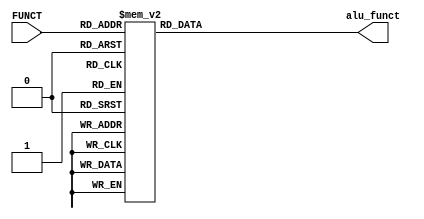
`timescale 1ns / 1ps
//////////////////////////////////////////////////////////////////////////////////
// Company: 
// Engineer: 
// 
// Design Name: 
// Module Name: Control_Alu
// Project Name: 
// Target Devices: 
// Tool Versions: 
// Description: 
// 
// Dependencies: 
// 
// Revision:
// Revision 0.01 - File Created
// Additional Comments:
// 
//////////////////////////////////////////////////////////////////////////////////


module Control_Alu(FUNCT,alu_funct);
output reg [2:0]alu_funct;
input  [5:0] FUNCT;

always @ (FUNCT)
case(FUNCT)
6'h20: alu_funct = 3'b000;//add
6'h00: alu_funct = 3'b000;//add
6'h02: alu_funct = 3'b000;//add
6'h21: alu_funct = 3'b000;//adu
6'h24: alu_funct = 3'b011;//and
6'h22: alu_funct = 3'b001;//sub
6'h23: alu_funct = 3'b001;//subu
6'h25: alu_funct = 3'b100;//or
6'h27: alu_funct = 3'b110;//nor
6'h08: alu_funct = 3'b000;//addi
6'h09: alu_funct = 3'b000;//addiu
6'h0C: alu_funct = 3'b011;//andi
6'h0D: alu_funct = 3'b100;//ori
default alu_funct=3'b000;
endcase
endmodule